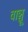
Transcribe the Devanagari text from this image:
वाञ्चू